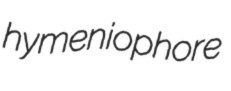
hymeniophore